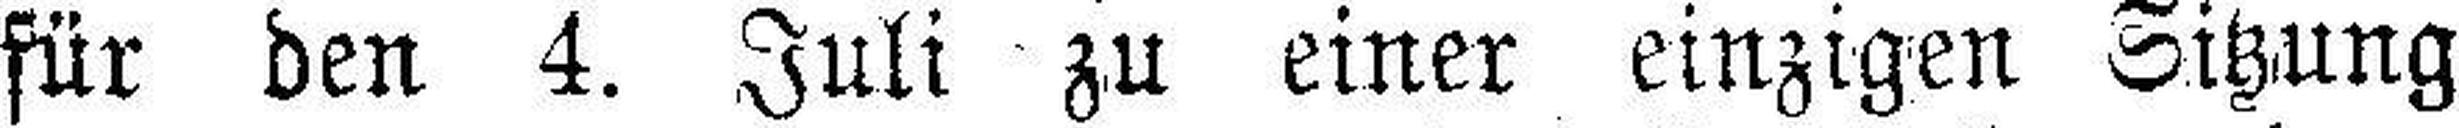
für den 4. Juli zu einer einzigen Sitzung